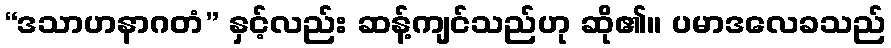
“ဒသာဟနာဂတံ” နှင့်လည်း ဆန့်ကျင်သည်ဟု ဆို၏။ ပမာဒလေခသည်